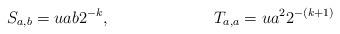
LaTeX: \begin{align*} S_{a,b}= uab2^{-k}, && T_{a,a}=ua^22^{-(k+1)}\end{align*}